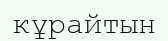
кұрайтын